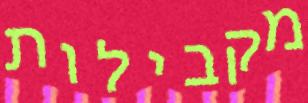
מקבילות